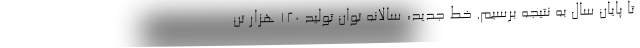
تا پایان سال به نتیجه برسیم. خط جدید، سالانه توان تولید ۱۲۰ هزار تن